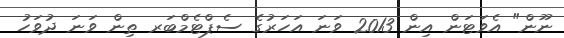
ނޫން" އެވަޓަން އިން 2013 ވަނަ އަހަރުގެ ސެޕްޓެމްބަރ ތިން ވަނަ ދުވަހު